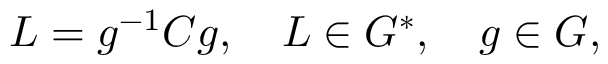
L = g ^ { - 1 } C g , \quad L \in G ^ { * } , \quad g \in G ,